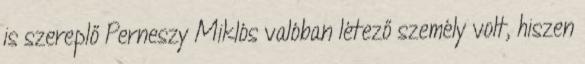
is szereplő Perneszy Miklós valóban létező személy volt, hiszen